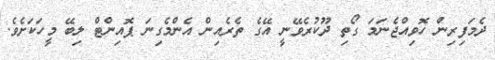
ދެމަފިރިން ހޮވިއްޖެނަމަ ގޯތި ދޫކުރެވޭނީ އޭގެ ތެރެއިން އެންމެގިނަ ޕޮއިންޓް ލިބޭ މީހަކަށެވެ.